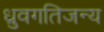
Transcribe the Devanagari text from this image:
ध्रुवगतिजन्य